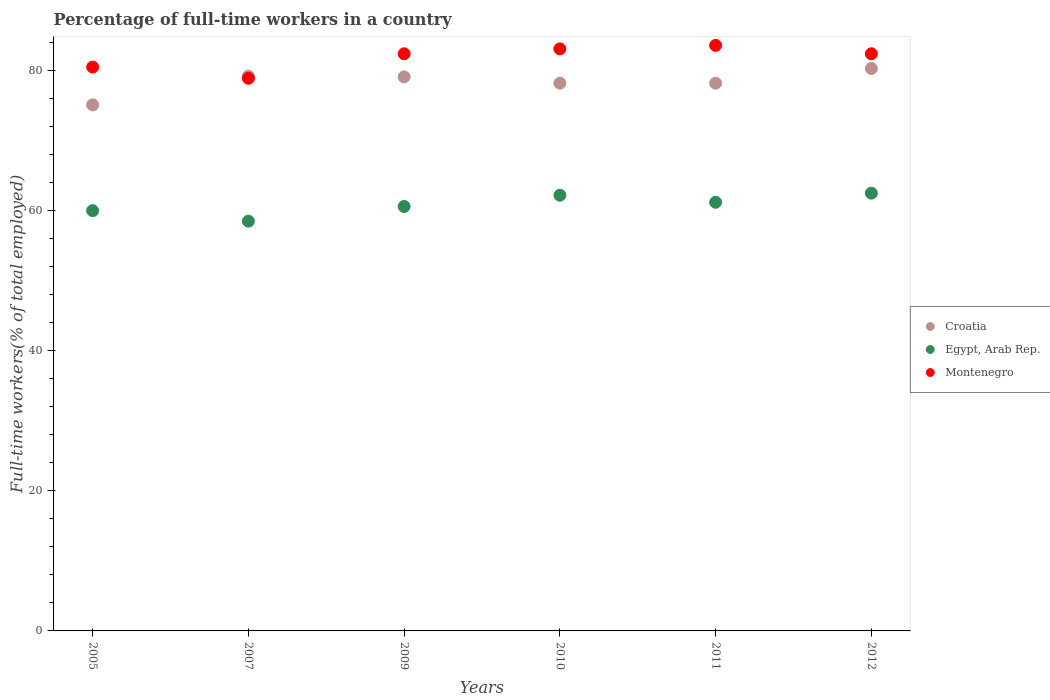
| Years | Croatia | Egypt, Arab Rep. | Montenegro |
 | --- | --- | --- | --- |
 | 2005 | 75.1 | 60 | 80.5 |
 | 2007 | 79.2 | 58.5 | 78.9 |
 | 2009 | 79.1 | 60.6 | 82.4 |
 | 2010 | 78.2 | 62.2 | 83.1 |
 | 2011 | 78.2 | 61.2 | 83.6 |
 | 2012 | 80.3 | 62.5 | 82.4 |